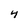
Character: 4